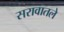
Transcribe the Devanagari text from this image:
सरावातले